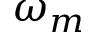
\omega _ { m }